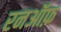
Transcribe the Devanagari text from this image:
रनऑफ़